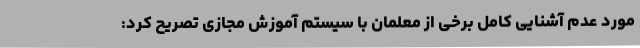
مورد عدم آشنایی کامل برخی از معلمان با سیستم آموزش مجازی تصریح کرد: